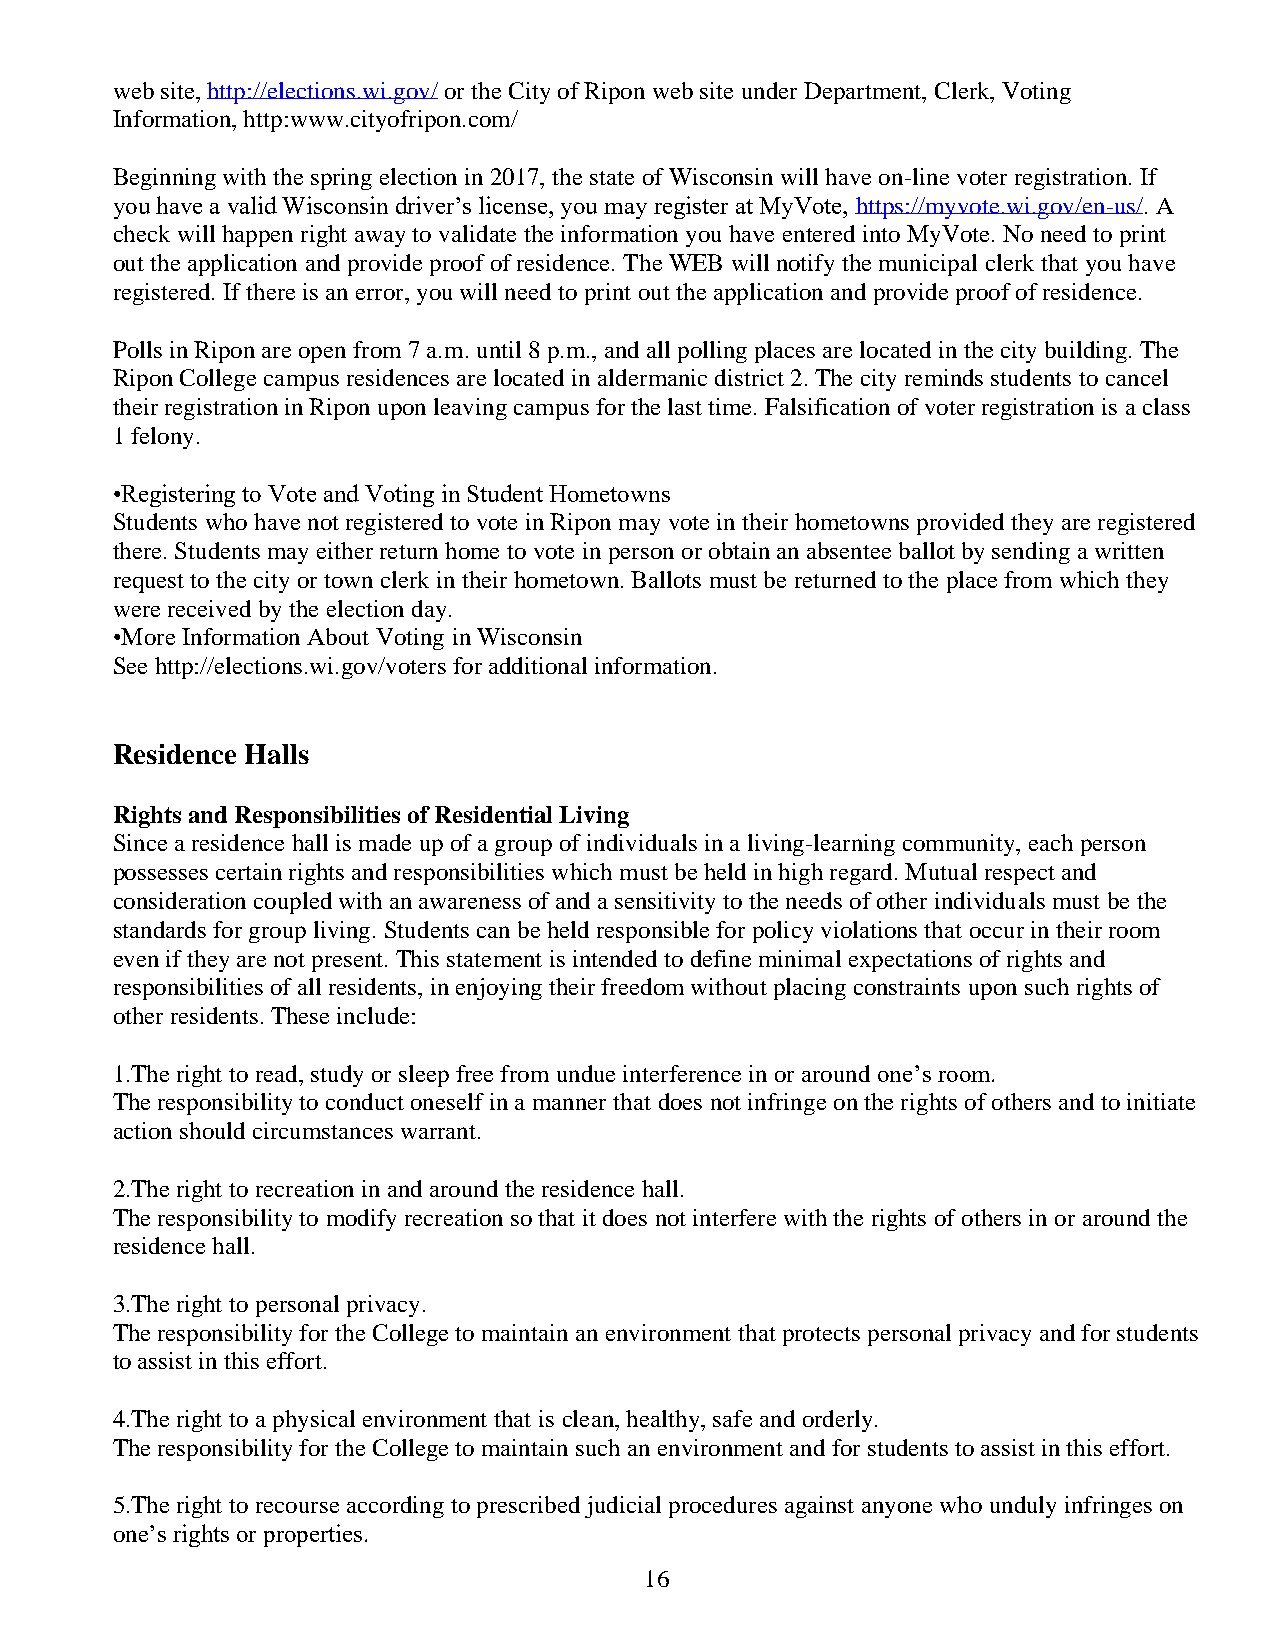
web site, http://elections.wi.gov/ or the City of Ripon web site under Department, Clerk, Voting
 Information, http:www.cityofripon.com/
 Beginning with the spring election in 2017, the state of Wisconsin will have on-line voter registration. If
 you have a valid Wisconsin driver’s license, you may register at MyVote, https://myvote.wi.gov/en-us/. A
 check will happen right away to validate the information you have entered into MyVote. No need to print
 out the application and provide proof of residence. The WEB will notify the municipal clerk that you have
 registered. If there is an error, you will need to print out the application and provide proof of residence.
 Polls in Ripon are open from 7 a.m. until 8 p.m., and all polling places are located in the city building. The
 Ripon College campus residences are located in aldermanic district 2. The city reminds students to cancel
 their registration in Ripon upon leaving campus for the last time. Falsification of voter registration is a class
 1 felony.
 •Registering to Vote and Voting in Student Hometowns
 Students who have not registered to vote in Ripon may vote in their hometowns provided they are registered
 there. Students may either return home to vote in person or obtain an absentee ballot by sending a written
 request to the city or town clerk in their hometown. Ballots must be returned to the place from which they
 were received by the election day.
 •More Information About Voting in Wisconsin
 See http://elections.wi.gov/voters for additional information.
 Residence Halls
 Rights and Responsibilities of Residential Living
 Since a residence hall is made up of a group of individuals in a living-learning community, each person
 possesses certain rights and responsibilities which must be held in high regard. Mutual respect and
 consideration coupled with an awareness of and a sensitivity to the needs of other individuals must be the
 standards for group living. Students can be held responsible for policy violations that occur in their room
 even if they are not present. This statement is intended to define minimal expectations of rights and
 responsibilities of all residents, in enjoying their freedom without placing constraints upon such rights of
 other residents. These include:
 1.The right to read, study or sleep free from undue interference in or around one’s room.
 The responsibility to conduct oneself in a manner that does not infringe on the rights of others and to initiate
 action should circumstances warrant.
 2.The right to recreation in and around the residence hall.
 The responsibility to modify recreation so that it does not interfere with the rights of others in or around the
 residence hall.
 3.The right to personal privacy.
 The responsibility for the College to maintain an environment that protects personal privacy and for students
 to assist in this effort.
 4.The right to a physical environment that is clean, healthy, safe and orderly.
 The responsibility for the College to maintain such an environment and for students to assist in this effort.
 5.The right to recourse according to prescribed judicial procedures against anyone who unduly infringes on
 one’s rights or properties.
 16